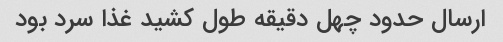
ارسال حدود چهل دقیقه طول کشید غذا سرد بود